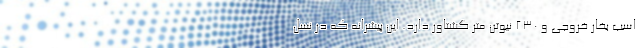
اسب بخار خروجی و 230 نیوتن متر گشتاور دارد. این پیشرانه که در نسل